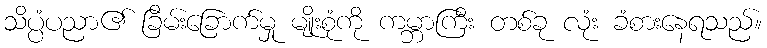
သိပ္ပံပညာ၏ ခြိမ်းခြောက်မှု မျိုးစုံကို ကမ္ဘာကြီး တစ်ခု လုံး ခံစားနေရသည်။